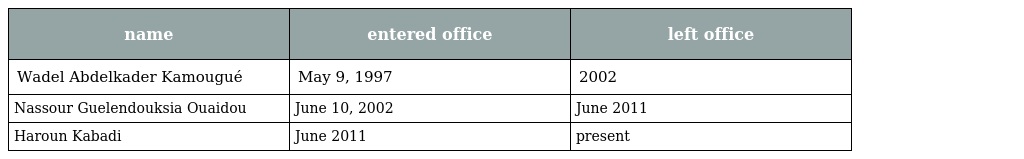
| name | entered office | left office |
 | --- | --- | --- |
 | Wadel Abdelkader Kamougué | May 9, 1997 | 2002 |
 | Nassour Guelendouksia Ouaidou | June 10, 2002 | June 2011 |
 | Haroun Kabadi | June 2011 | present |